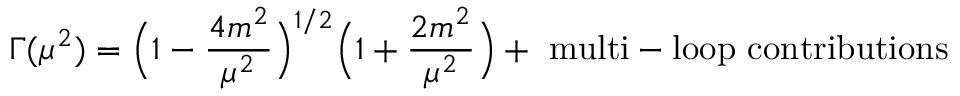
\Gamma ( \mu ^ { 2 } ) = \Bigl ( 1 - \frac { 4 m ^ { 2 } } { \mu ^ { 2 } } \Bigr ) ^ { 1 / 2 } \Bigl ( 1 + \frac { 2 m ^ { 2 } } { \mu ^ { 2 } } \Bigr ) + \mathrm { ~ m u l t i - l o o p ~ c o n t r i b u t i o n s }